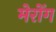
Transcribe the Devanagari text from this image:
मेरोंग